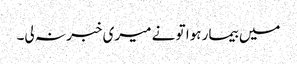
میں بیمار ہوا تو نے میری خبر نہ لی۔